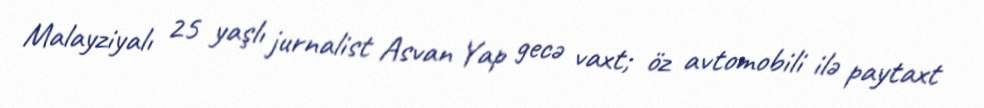
Malayziyalı 25 yaşlı jurnalist Asvan Yap gecə vaxt; öz avtomobili ilə paytaxt